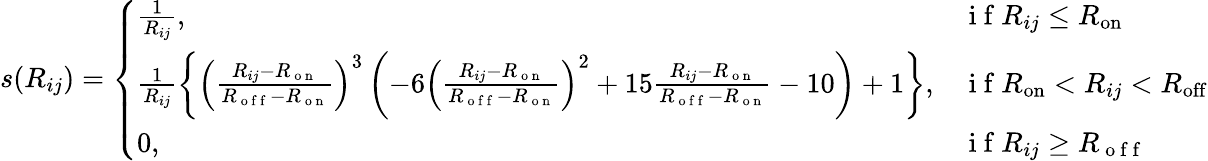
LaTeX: s(R_{ij})=\left\{ \begin{array}{ll}{\frac{1}{R_{ij}},}&{\mathrm{~i~f~}R_{ij}\leq R_{\mathrm{on}}}\\ {\frac{1}{R_{ij}}\left\{ \left(\frac{R_{ij}-R_{\mathrm{~o~n~}}}{R_{\mathrm{~o~f~f~}}-R_{\mathrm{~o~n~}}}\right)^{3}\left(-6\left(\frac{R_{ij}-R_{\mathrm{~o~n~}}}{R_{\mathrm{~o~f~f~}}-R_{\mathrm{~o~n~}}}\right)^{2}+15\frac{R_{ij}-R_{\mathrm{~o~n~}}}{R_{\mathrm{~o~f~f~}}-R_{\mathrm{~o~n~}}}-10\right)+1\right\} ,}&{\mathrm{~i~f~}R_{\mathrm{on}}<R_{ij}<R_{\mathrm{off}}}\\ {0,}&{\mathrm{~i~f~}R_{ij}\geq R_{\mathrm{~o~f~f~}}}\end{array}\right.